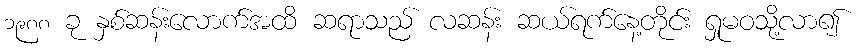
၁၉၈၈ ခု နှစ်ဆန်းလောက်အထိ ဆရာသည် လဆန်း ဆယ်ရက်နေ့တိုင်း ရှုမဝသို့လာ၍